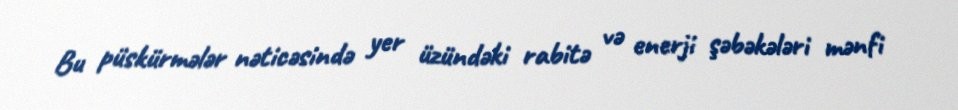
Bu püskürmələr nəticəsində yer üzündəki rabitə və enerji şəbəkələri mənfi